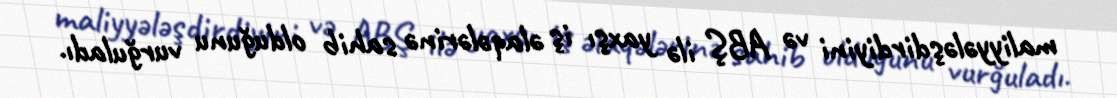
maliyyələşdirdiyini və ABŞ ilə yaxşı iş əlaqələrinə sahib olduğunu vurğuladı.